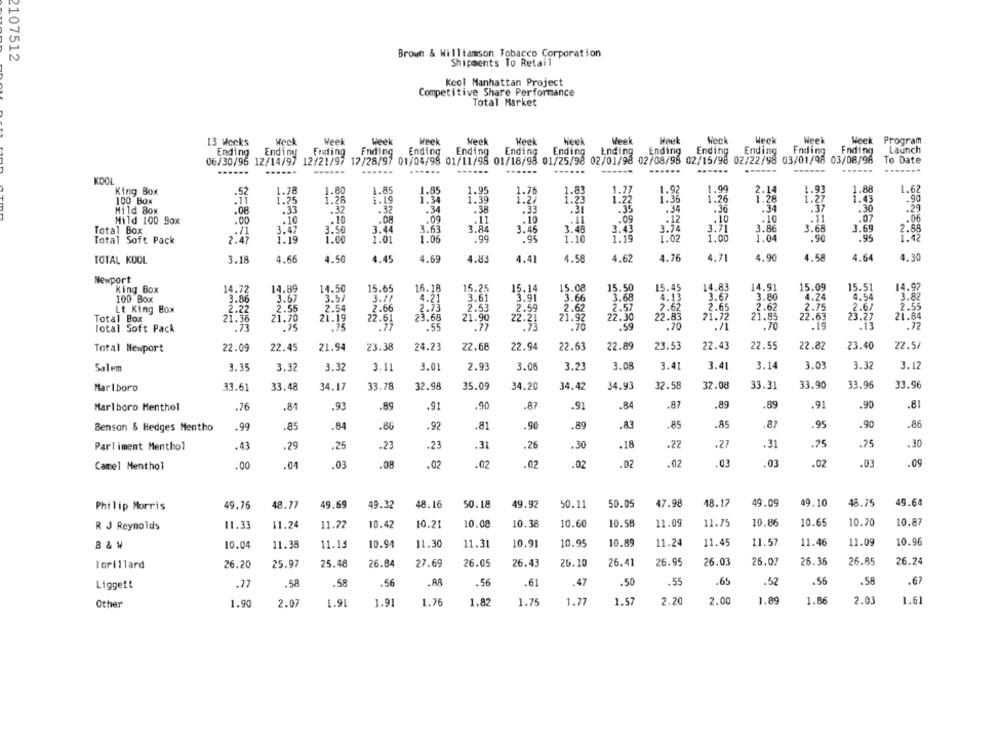
Brown & Williamson Tobacco Corporation
2107512
Shipments To Retail
Kcol Manhattan Project
Competitive Share Performance
Total Market
13 Weeks
Heck
Week
Week
Week
Heel
Heek
Heek
Week
Hoek
Weck
Weck
Week
Week Program
Ending
Ending
Fnding
Ending
Ending
Ending
Ending
Ending
Ending
Ending
Ending
Ending
Launch
Ending
Ending
06/30/95 12/14/97
12/21/97 12/28/97 01/04/98 01/11/98 01/18/98 01/25/98 02/01/98 02/08/98 02/15/98 02/22/98 03/01/98 03/08/98
To Date
......
------
KDO
1.90
1.88
1.62
King Box
1.78
1.80
1.85
1.85
1.95
1.76
1.83
1.77
1.92
2.14
1.93
100 BON
1.25
1.28
1.19
1.34
1.39
1.27
1.22
1.36
1.26
1.28
1.43
.90
Mild 8ox
.08
.33
.32
.32
.34
.38
.33
.31
.35
.34
.36
.34
.37
.30
.20
.10
.12
.10
.11
.07
.06
Mild 100 9ox
.00
.10
.10
.08
.09
.11
.10
Total Box
3.47
3.50
3.44
3.63
3.84
3.46
3.48
3.43
3.74
3.71
3.86
3.68
3.69
2.85
Total Soft Pack
2.47
1.19
1.00
1.01
1.06
.95
1.10
1.19
1.02
1.00
1.04
.90
.95
1.42
4.58
TOTAL KOOL
3.18
4.66
4.50
4.45
4.69
4.83
4.41
4.58
4.62
4.76
4.71
4.90
4.64
4.30
Newport
14.91
14.97
King Box
14.72
14.89
14.50
15.65
16.18
15.25
15.14
15.08
15.50
15.45
14.83
15.09
15.51
100 Box
3.86
3.67
3.57
3.11
4.21
3.61
"3.91
3.66
3.68
4.13
3.67
3.80
4.24
4.54
3.82
2.55
2.54
2.66
2.33
2.53
2.59
2.62
2.57
2.62
2.65
2.62
2.75
2.6/
2.55
Lt King Box
2.22
22.83
21.85
22.63
21.84
Total Box
21.36
21.70
21.19
22.61
23.68
21.90
2.21
21.92
22.30
71.72
23:27
Total Soft Pack
.73
.75
.75
.77
.55
.77
1.70
.59
.70
.70
.19
.13
.72
22.89
23.53
22.43
22.55
22.82
23.40
22.5/
Total Newport
22.09
22.45
21.94
23.38
24.23
22.68
22.94
22.63
Salem
3.35
3.32
3.32
3.11
3.01
2.93
3.06
3.23
3.08
3.41
3.41
3.14
3.03
3.32
3.12
Marlboro
33.61
33.48
34.17
33.78
32.98
35.09
34.20
34.42
34.93
32.58
32.08
33.31
33.90
33.96
33.96
.8
.89
.9
.90
.87
.91
.84
.87
.89
.89
.91
.90
.81
Marlboro Menthol
.76
.93
Benson & Hedges Mentho
.99
.85
.84
.86
.92
.8
.90
.89
.83
.85
.85
.87
.95
.90
.86
.75
Parliment Menthol
.43
.29
.25
.23
.23
.31
.26
.30
.18
.22
.27
.31
.75
.30
Camel Menthol
.00
.04
.03
.08
.02
.02
.02
.02
.02
.02
.03
.03
.02
.03
.09
48.17
49.09
49.10
48.75
49.64
Philip Morris
49.76
48.77
49.69
49.32
48.16
50.18
49.92
50.11
50.05
47.98
R J Reynolds
11.33
11.24
11.22
10.42
10.21
10.08
10.38
10.60
10.58
11.09
11.75
10.86
10.65
10.70
10.87
10.96
B & W
10.04
11.38
11.13
10.94
11.30
11.31
10.91
10.95
10.89
11.24
11.45
11.57
11.46
11.09
25.48
26.84
26.43
25.10
26.41
26.95
26.03
26.07
26.36
26.85
26.24
lorillard
26.20
25.97
27.69
26.05
Ligget!
.77
.58
.58
.56
.AR
.56
.61
.47
.50
.55
.65
.52
.56
.56
.67
1.89
1.86
2.03
1.61
Other
1.90
2.07
1.91
1.91
1.76
1.82
1.75
1.77
1.57
2.20
2.00